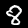
Label: 8